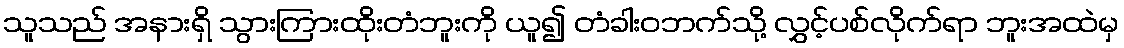
သူသည် အနားရှိ သွားကြားထိုးတံဘူးကို ယူ၍ တံခါးဝဘက်သို့ လွှင့်ပစ်လိုက်ရာ ဘူးအထဲမှ